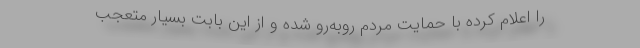
را اعلام کرده با حمایت مردم روبه‌رو شده و از این بابت بسیار متعجب